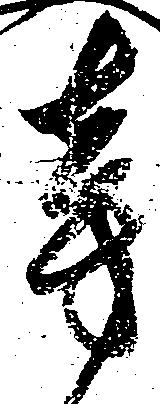
旁